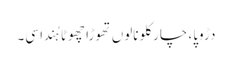
دڑوپا، چار کلو نالوں تھوڑا چھوٹا ہُندا سی۔